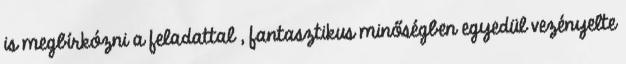
is megbírkózni a feladattal , fantasztikus minőségben egyedül vezényelte